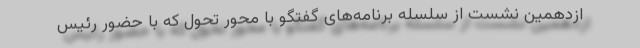
ازدهمین نشست از سلسله برنامه‌های گفتگو با محور تحول که با حضور رئیس